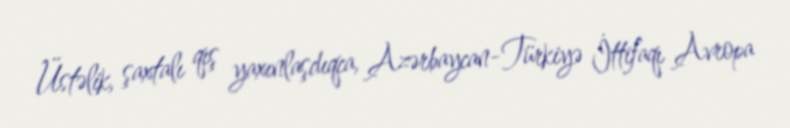
Üstəlik, şaxtalı qış yaxınlaşdıqca, Azərbaycan-Türkiyə İttifaqı Avropa